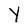
Character: Y